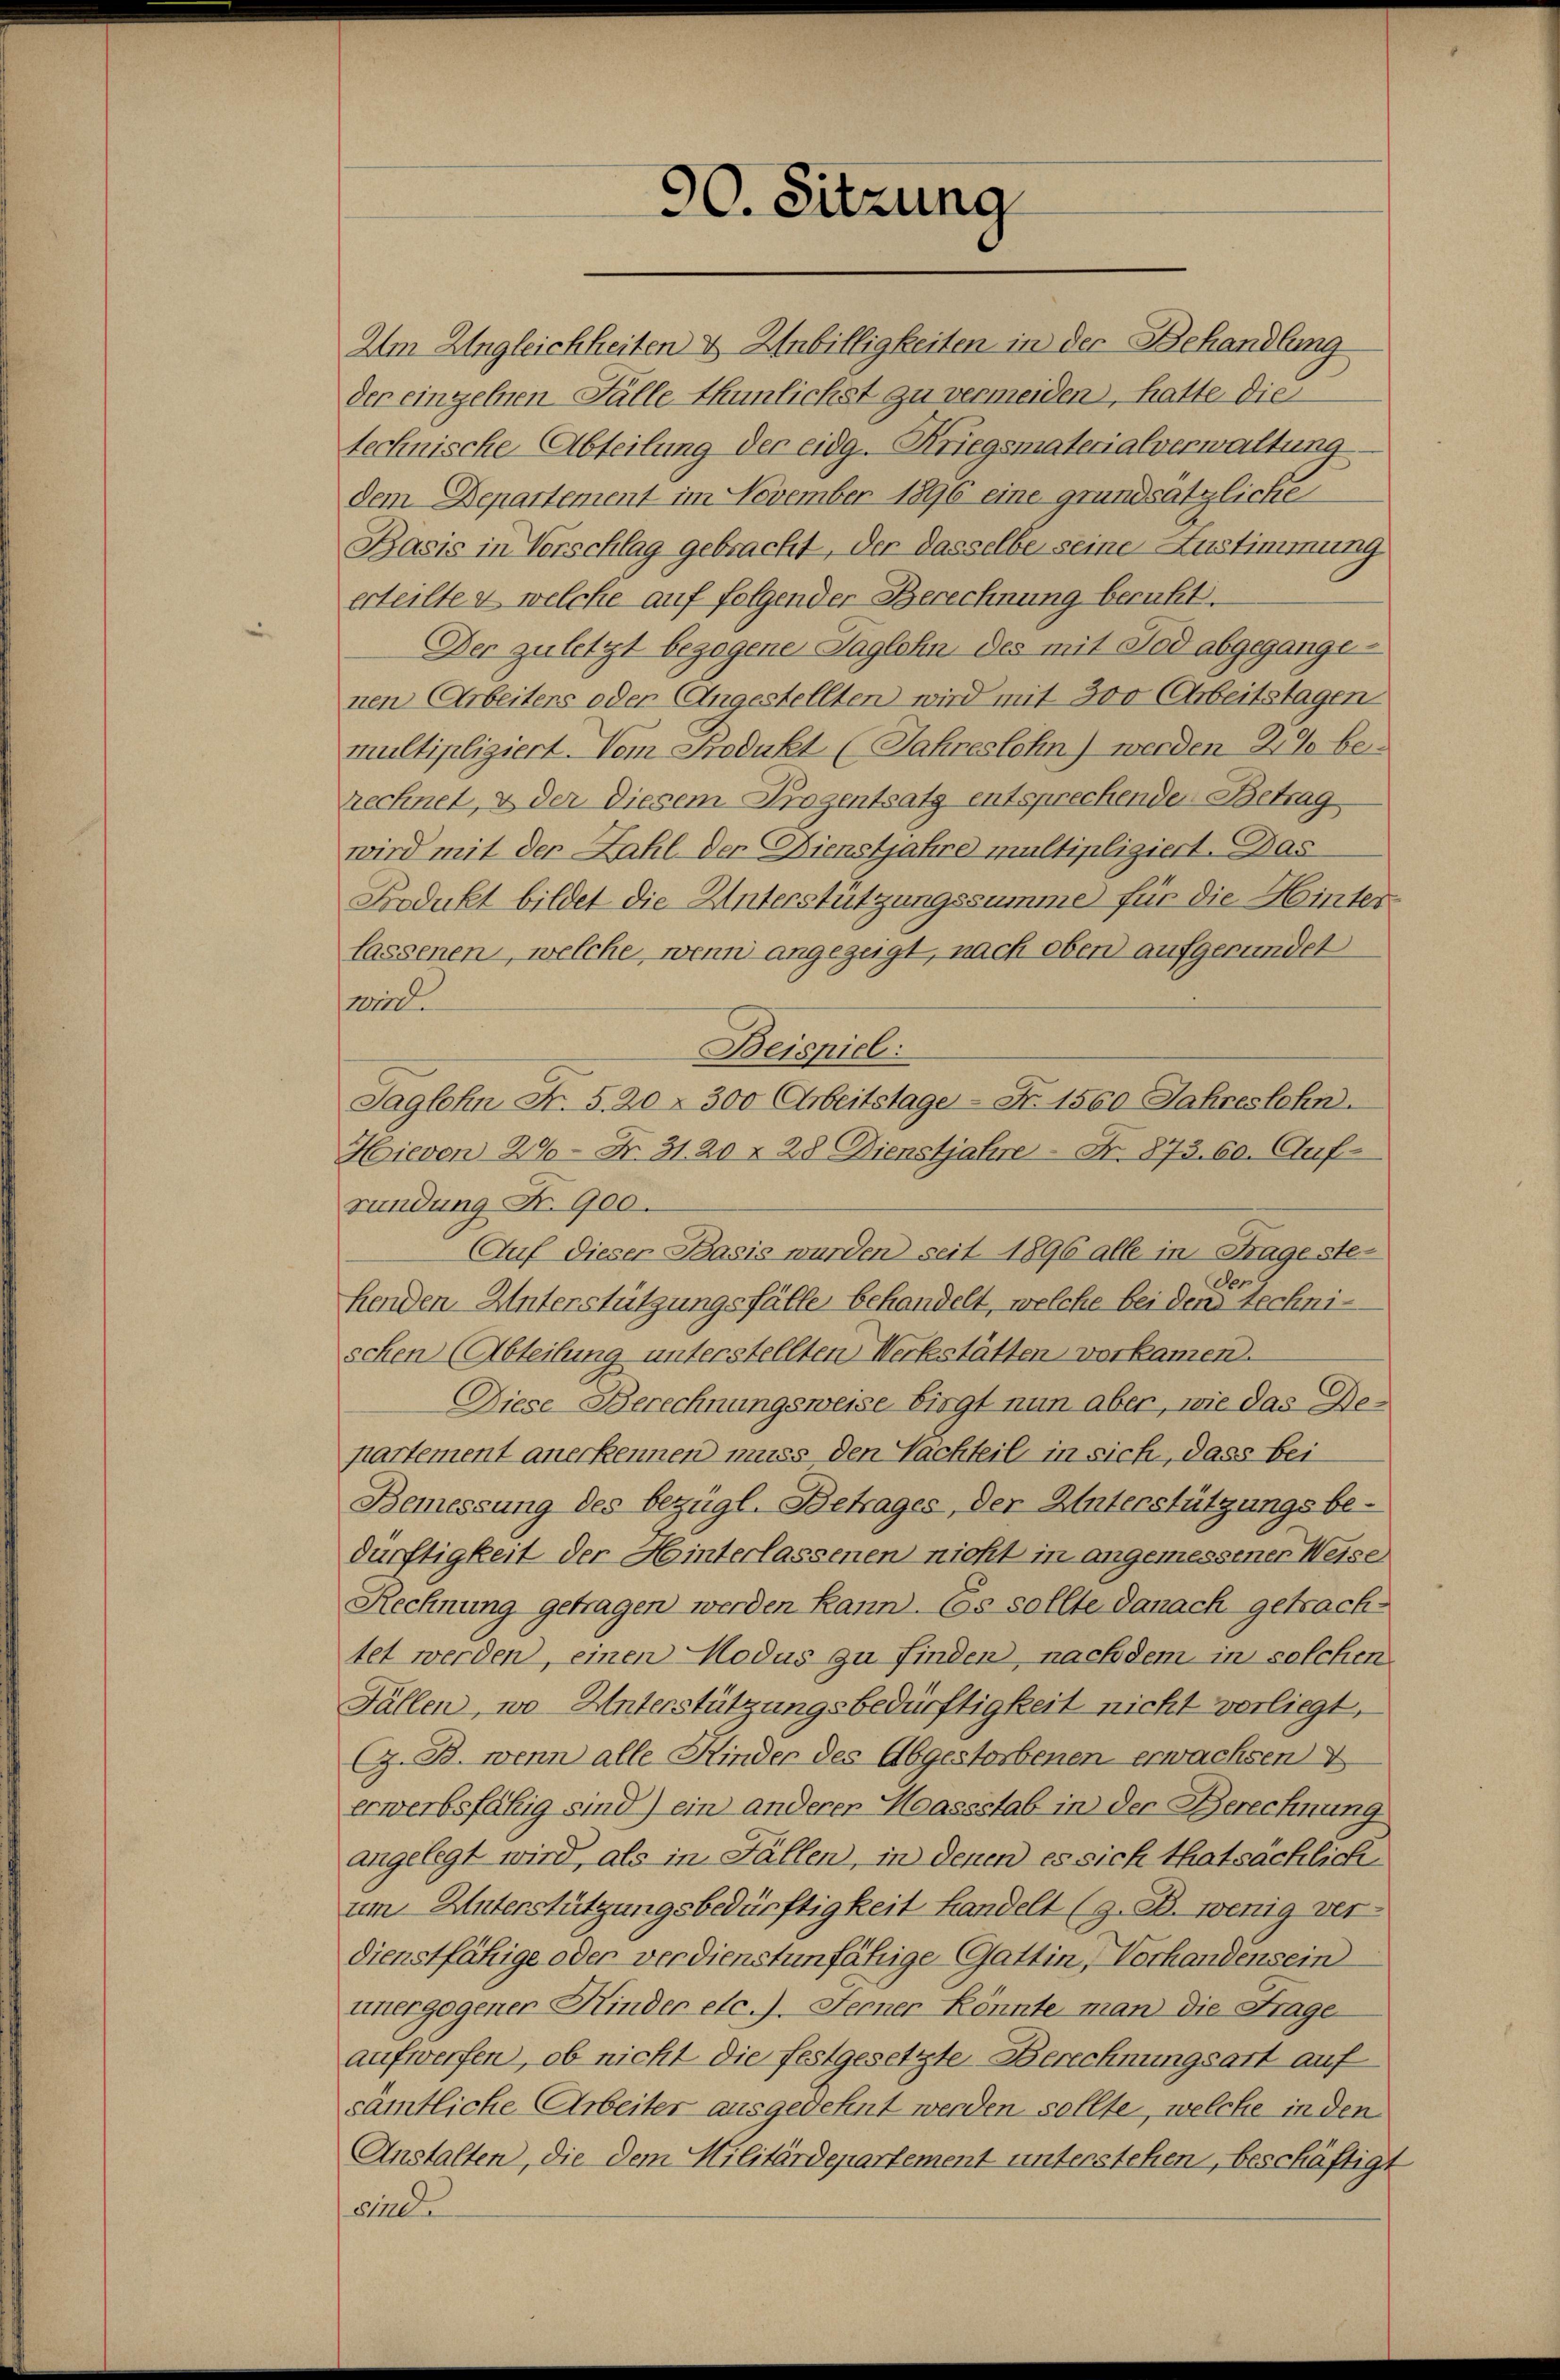
90. Sitzung

Am Ungleichheiten & Unbilligkeiten in der Behandlung
der einzelnen Fälle thunlichst zu vermeiden, hatte die
technische Abteilung der eidg. Kriegsmaterialverwaltung
dem Departement im November 1896 eine grundsätzliche
Basis in Vorschlag gebracht, der dasselbe seine Zustimmung
erteilte & welche auf folgender Berechnung beruht.
Der zuletzt bezogene Taglohn des mit Tod abgegangenen Arbeiters oder Angestellten wird mit 300 Arbeitstagen
multipliziert. Vom Frodukt (Jahreslohn) werden 2 % berechnet, & der diesem Progentsatz entsprechender Betrag
wird mit der Zahl der Dienstjahre multipliziert. Das
Frodukt bildet die Unterstützungssumme für die Hinter
lassenen, welche, wenn angezeigt, nach oben aufgerundet
wird
Beispiel:
Saglohn Fr. 5. 20 - 300 Arbeitstage - Fr. 1560 Jahreslohn.
Hievon 200 Fr. 31. 20 f 28 Dienstjahre Nr. 873. 60. Auf-
ründung Nr. 900.
Auf dieser Basis wurden seit 1896 alle in Frage ste-
den
henden Unterstützungsfälle behandelt, welche bei den technischen (Abteilung unterstellten Werkstätten vorkamen.
Diese Berechnungsweise birgt nun aber, wie das De-
partement anerkennen muss den Nachteil in sich, dass bei
Bemessung des bezügl. Betrages, der Unterstützungsbe-
dürftigkeit der Hinterlassenen nicht in angemessener Weise
Rechnung getragen werden kann. Es sollte danach getrachtet werden, einen Modus zu finden, nach dem in solchen
Fällen, wo Unterstützungsbedürftigkeit nicht vorliegt,
G. B. wenn alle Kinder des Abgestorbenen erwachsen &
erwerbsfähig sind) ein anderer Maassstab in der Berechnung
angelegt wird, als in Fällen, in denen es sich thatsächlich
um Unterstützungsbedürftigkeit Handelt (z. B. wenig ver-
dienstfähige oder verdienstunfähige Gattin, Vorhandensein
unergegener Kinder etc.). Ferner Könnte man die Frage
aufwerfen, ob nicht die festgesetzte Berechnungsart auf
sämtliche Arbeiter ausgedehnt werden sollte, welche in den
Anstalten, die dem Militärdepartement unterstehen, beschäftigt
sind